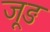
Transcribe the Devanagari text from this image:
जूङ